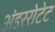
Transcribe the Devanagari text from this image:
अंडररोटेट